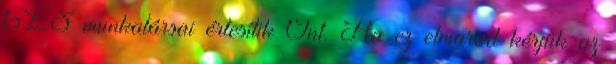
GLS munkatársai értesítik Önt. Ha ez elmarad kérjük az